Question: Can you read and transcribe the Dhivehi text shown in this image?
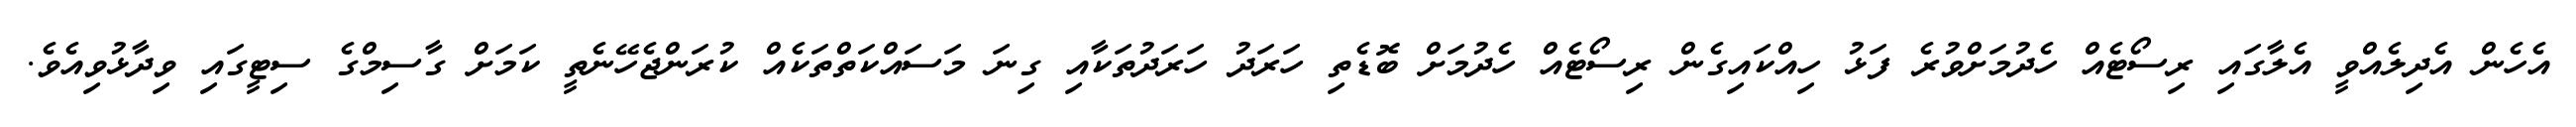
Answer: އެހެން އެދިލެއްވީ އެލާގައި ރިސޯޓެއް ހެދުމަށްވުރެ ފަޅު ހިއްކައިގެން ރިސޯޓެއް ހެދުމަށް ބޮޑެތި ހަރަދު ހަރަދުތަކާއި ގިނަ މަސައްކަތްތަކެއް ކުރަންޖެހޭނެތީ ކަމަށް ގާސިމްގެ ސިޓީގައި ވިދާޅުވިއެވެ.